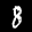
Label: 8